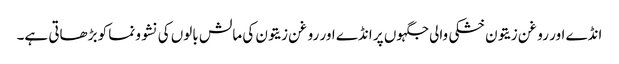
انڈے اور روغن زیتون خشکی والی جگہوں پر انڈے اور روغن زیتون کی مالش بالوں کی نشوونما کو بڑھاتی ہے۔